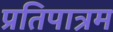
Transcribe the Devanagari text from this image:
प्रतिपात्रम